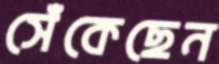
সেঁকেছেন